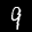
Label: 9